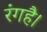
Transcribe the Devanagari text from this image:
रंगहै।